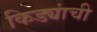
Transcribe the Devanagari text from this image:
किड्यांची